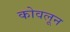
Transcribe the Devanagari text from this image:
कोवलून